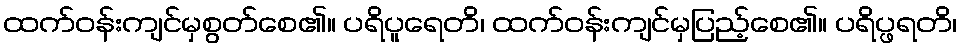
ထက်ဝန်းကျင်မှစွတ်စေ၏။ ပရိပူရေတိ၊ ထက်ဝန်းကျင်မှပြည့်စေ၏။ ပရိပ္ဖရတိ၊